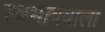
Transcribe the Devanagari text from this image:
स्वभाववाला